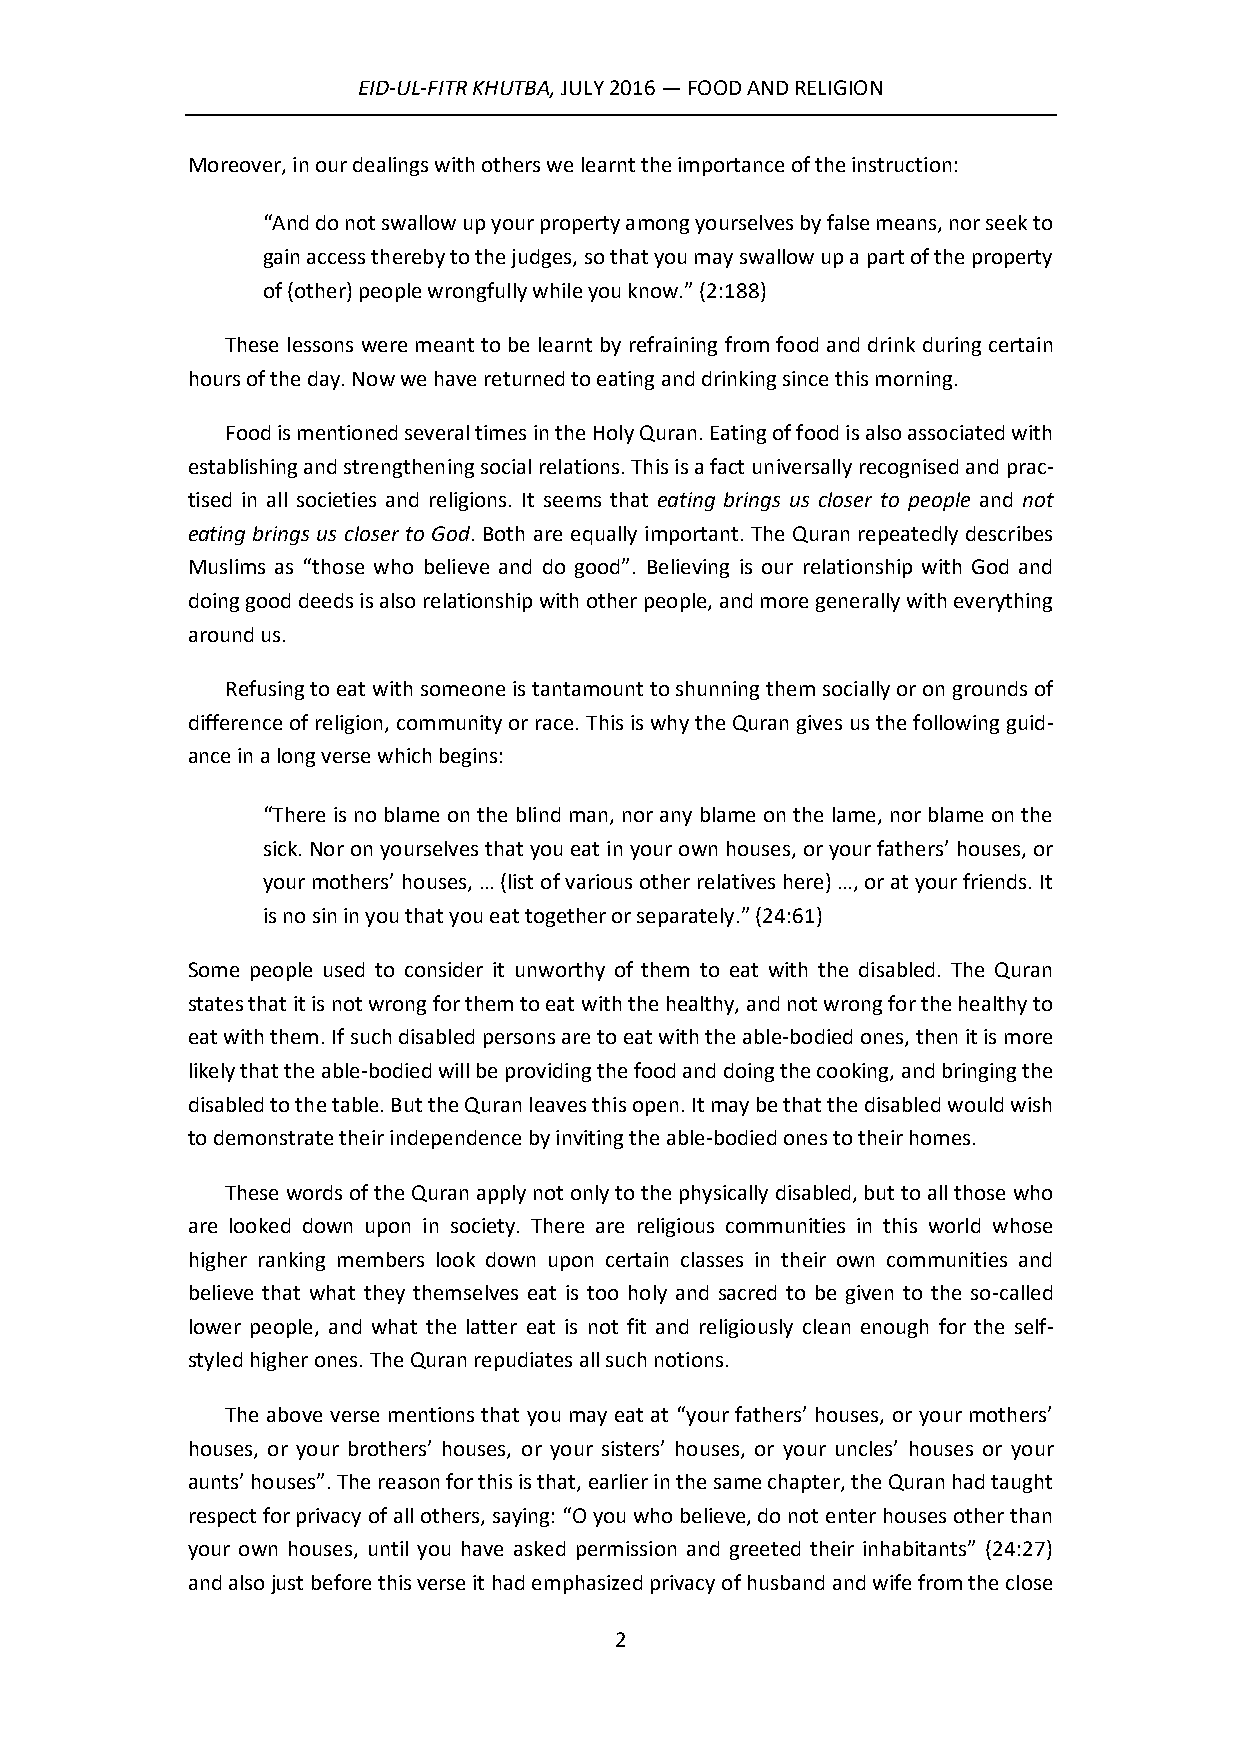
EID-UL-FITR KHUTBA, JULY 2016 — FOOD AND RELIGION
 Moreover, in our dealings with others we learnt the importance of the instruction:
 “And do not swallow up your property among yourselves by false means, nor seek to
 gain access thereby to the judges, so that you may swallow up a part of the property
 of (other) people wrongfully while you know.” (2:188)
 These lessons were meant to be learnt by refraining from food and drink during certain
 hours of the day. Now we have returned to eating and drinking since this morning.
 Food is mentioned several times in the Holy Quran. Eating of food is also associated with
 establishing and strengthening social relations. This is a fact universally recognised and prac-
 tised in all societies and religions. It seems that eating brings us closer to people and not
 eating brings us closer to God. Both are equally important. The Quran repeatedly describes
 Muslims as “those who believe and do good”. Believing is our relationship with God and
 doing good deeds is also relationship with other people, and more generally with everything
 around us.
 Refusing to eat with someone is tantamount to shunning them socially or on grounds of
 difference of religion, community or race. This is why the Quran gives us the following guid-
 ance in a long verse which begins:
 “There is no blame on the blind man, nor any blame on the lame, nor blame on the
 sick. Nor on yourselves that you eat in your own houses, or your fathers’ houses, or
 your mothers’ houses, … (list of various other relatives here) …, or at your friends. It
 is no sin in you that you eat together or separately.” (24:61)
 Some people used to consider it unworthy of them to eat with the disabled. The Quran
 states that it is not wrong for them to eat with the healthy, and not wrong for the healthy to
 eat with them. If such disabled persons are to eat with the able-bodied ones, then it is more
 likely that the able-bodied will be providing the food and doing the cooking, and bringing the
 disabled to the table. But the Quran leaves this open. It may be that the disabled would wish
 to demonstrate their independence by inviting the able-bodied ones to their homes.
 These words of the Quran apply not only to the physically disabled, but to all those who
 are looked down upon in society. There are religious communities in this world whose
 higher ranking members look down upon certain classes in their own communities and
 believe that what they themselves eat is too holy and sacred to be given to the so-called
 lower people, and what the latter eat is not fit and religiously clean enough for the self-
 styled higher ones. The Quran repudiates all such notions.
 The above verse mentions that you may eat at “your fathers’ houses, or your mothers’
 houses, or your brothers’ houses, or your sisters’ houses, or your uncles’ houses or your
 aunts’ houses”. The reason for this is that, earlier in the same chapter, the Quran had taught
 respect for privacy of all others, saying: “O you who believe, do not enter houses other than
 your own houses, until you have asked permission and greeted their inhabitants” (24:27)
 and also just before this verse it had emphasized privacy of husband and wife from the close
 2